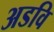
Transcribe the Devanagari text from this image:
अडवि